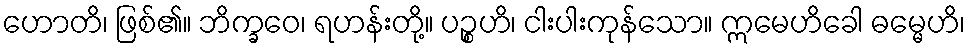
ဟောတိ၊ ဖြစ်၏။ ဘိက္ခဝေ၊ ရဟန်းတို့။ ပဉ္စဟိ၊ ငါးပါးကုန်သော။ ဣမေဟိခေါ ဓမ္မေဟိ၊